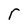
Character: r